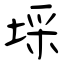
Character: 埰